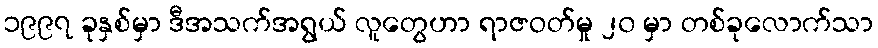
၁၉၉၇ ခုနှစ်မှာ ဒီအသက်အရွယ် လူတွေဟာ ရာဇဝတ်မှု ၂၀ မှာ တစ်ခုလောက်သာ